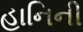
હાનિની